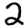
Digit: 2